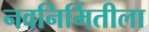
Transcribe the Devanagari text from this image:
नवनिर्मितीला